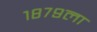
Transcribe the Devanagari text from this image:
१८७९ला